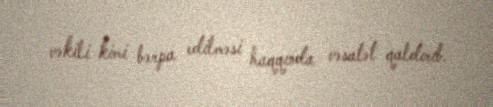
vəkili kimi bərpa edilməsi haqqında vəsatət qaldırıb.